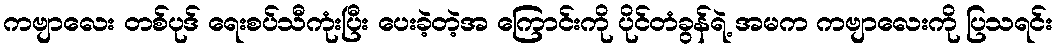
ကဗျာလေး တစ်ပုဒ် ရေးစပ်သီကုံးပြီး ပေးခဲ့တဲ့အ ကြောင်းကို ပိုင်တံခွန်ရဲ့ အမက ကဗျာလေးကို ပြသရင်း